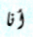
أنا